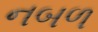
નબળ